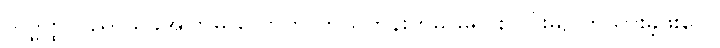
သိဒ္ဓတ္ထသည် ယခုအကြိမ် လောက် ဘယ်တုန်းကမှ မရှင်းလင်းမပြတ်သားခဲ့ဖူးပေ။